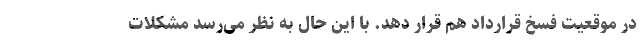
در موقعیت فسخ قرارداد هم قرار دهد. با این حال به نظر می‌رسد مشکلات